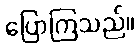
ပြောကြသည်။